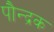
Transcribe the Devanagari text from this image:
पौन्द्रक